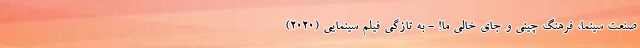
صنعت سینما، فرهنگ چینی و جای خالیِ ما! - به تازگی فیلم سینمایی (2020)